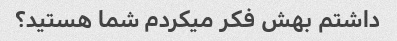
داشتم بهش فکر میکردم شما هستید؟